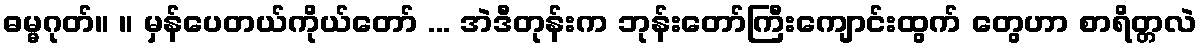
ဓမ္မဂုတ်။ ။ မှန်ပေတယ်ကိုယ်တော် ... အဲဒီတုန်းက ဘုန်းတော်ကြီးကျောင်းထွက် တွေဟာ စာရိတ္တလဲ